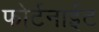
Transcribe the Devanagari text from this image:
फोर्टनाईट